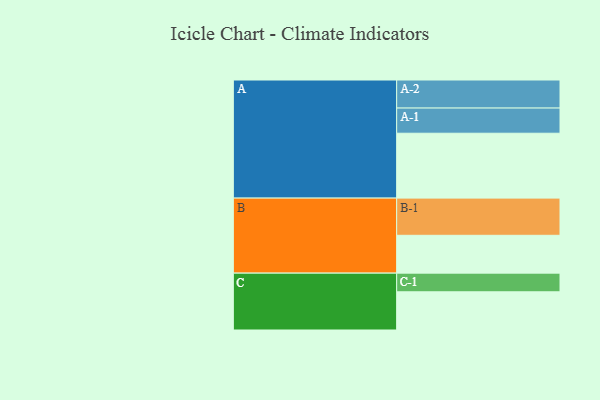
{"axis": {"x": "Segment", "y": "Value"}, "legend": ["", "A", "B", "C"], "data": [{"x": "A", "y": 518, "type": ""}, {"x": "B", "y": 302, "type": ""}, {"x": "C", "y": 305, "type": ""}, {"x": "A-1", "y": 201, "type": "A"}, {"x": "A-2", "y": 224, "type": "A"}, {"x": "B-1", "y": 297, "type": "B"}, {"x": "C-1", "y": 149, "type": "C"}]}